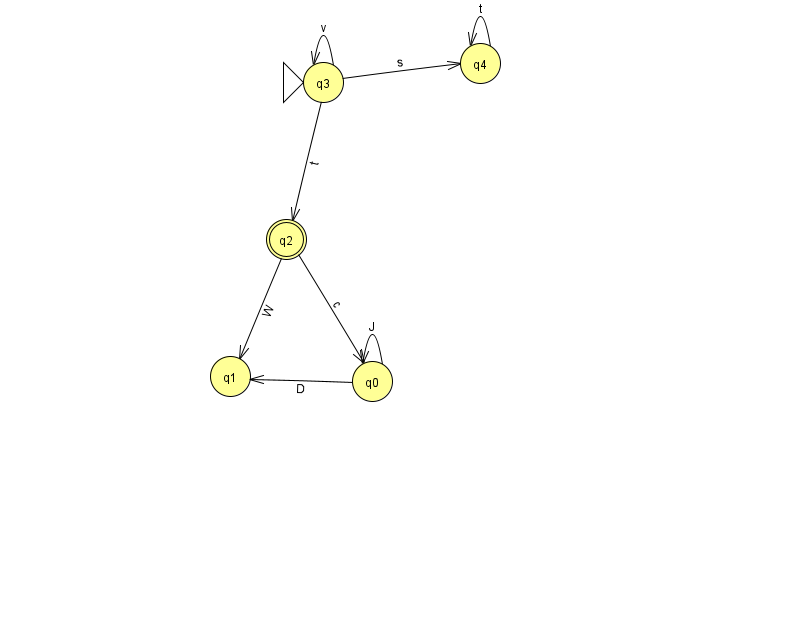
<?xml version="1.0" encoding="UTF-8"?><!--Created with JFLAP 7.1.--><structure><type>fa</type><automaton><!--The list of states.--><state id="0" name="q0"><x>372.0</x><y>368.0</y></state><state id="1" name="q1"><x>230.0</x><y>363.0</y></state><state id="2" name="q2"><x>286.0</x><y>226.0</y><final/></state><state id="3" name="q3"><x>323.0</x><y>69.0</y><initial/></state><state id="4" name="q4"><x>480.0</x><y>50.0</y></state><!--The list of transitions.--><transition><from>3</from><to>2</to><read>t</read></transition><transition><from>4</from><to>4</to><read>t</read></transition><transition><from>0</from><to>1</to><read>D</read></transition><transition><from>3</from><to>3</to><read>v</read></transition><transition><from>2</from><to>0</to><read>c</read></transition><transition><from>0</from><to>0</to><read>J</read></transition><transition><from>3</from><to>4</to><read>s</read></transition><transition><from>2</from><to>1</to><read>W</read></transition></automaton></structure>